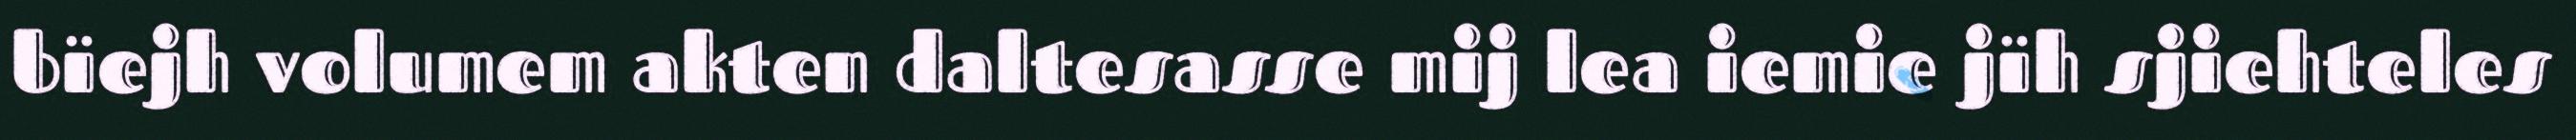
bïejh volumem akten daltesasse mij lea iemie jïh sjiehteles